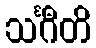
သင်္ဂီတိ